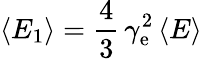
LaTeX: \langle E_{1}\rangle=\frac{4}{3}\, \gamma_{\mathrm{e}}^{2}\, \langle E\rangle